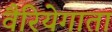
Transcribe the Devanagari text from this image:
वैरियेगाता